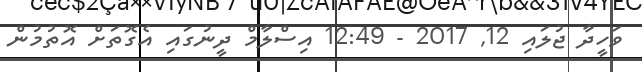
ވަހީދާ ޖުލައި 12